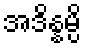
အဒိန္နမ္ပိ